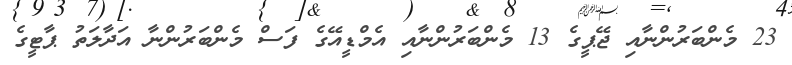
23 މެންބަރުންނާއި ޖޭޕީގެ 13 މެންބަރުންނާއި އެމްޑީއޭގެ ފަސް މެންބަރުންނާ އަދާލަތު ޕާޓީގެ